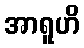
အာရူဟိ